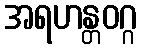
အရဟန္တဝဂ္ဂ